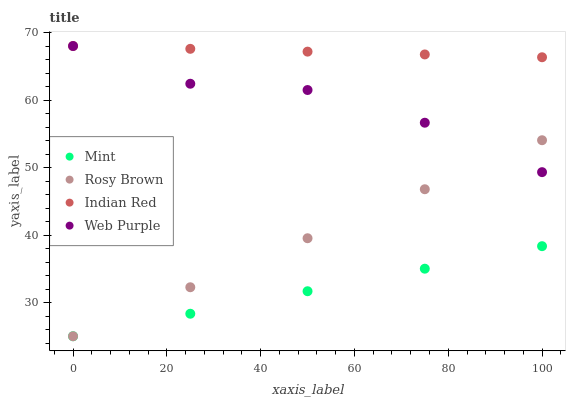
| xaxis_label | Mint | Rosy Brown | Indian Red | Web Purple |
 | --- | --- | --- | --- | --- |
 | 0 | 25 | 25 | 68 | 68 |
 | 25 | 28.3 | 32.3 | 67.6 | 62.4 |
 | 50 | 31.7 | 39.5 | 67.2 | 61.5 |
 | 75 | 35 | 46.8 | 66.8 | 56.6 |
 | 100 | 38.3 | 54 | 66.3 | 49.3 |